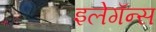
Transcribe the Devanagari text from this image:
इलेगॅन्स